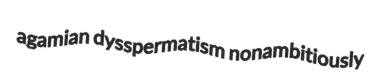
agamian dysspermatism nonambitiously